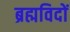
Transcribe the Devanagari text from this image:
ब्रह्मविदों